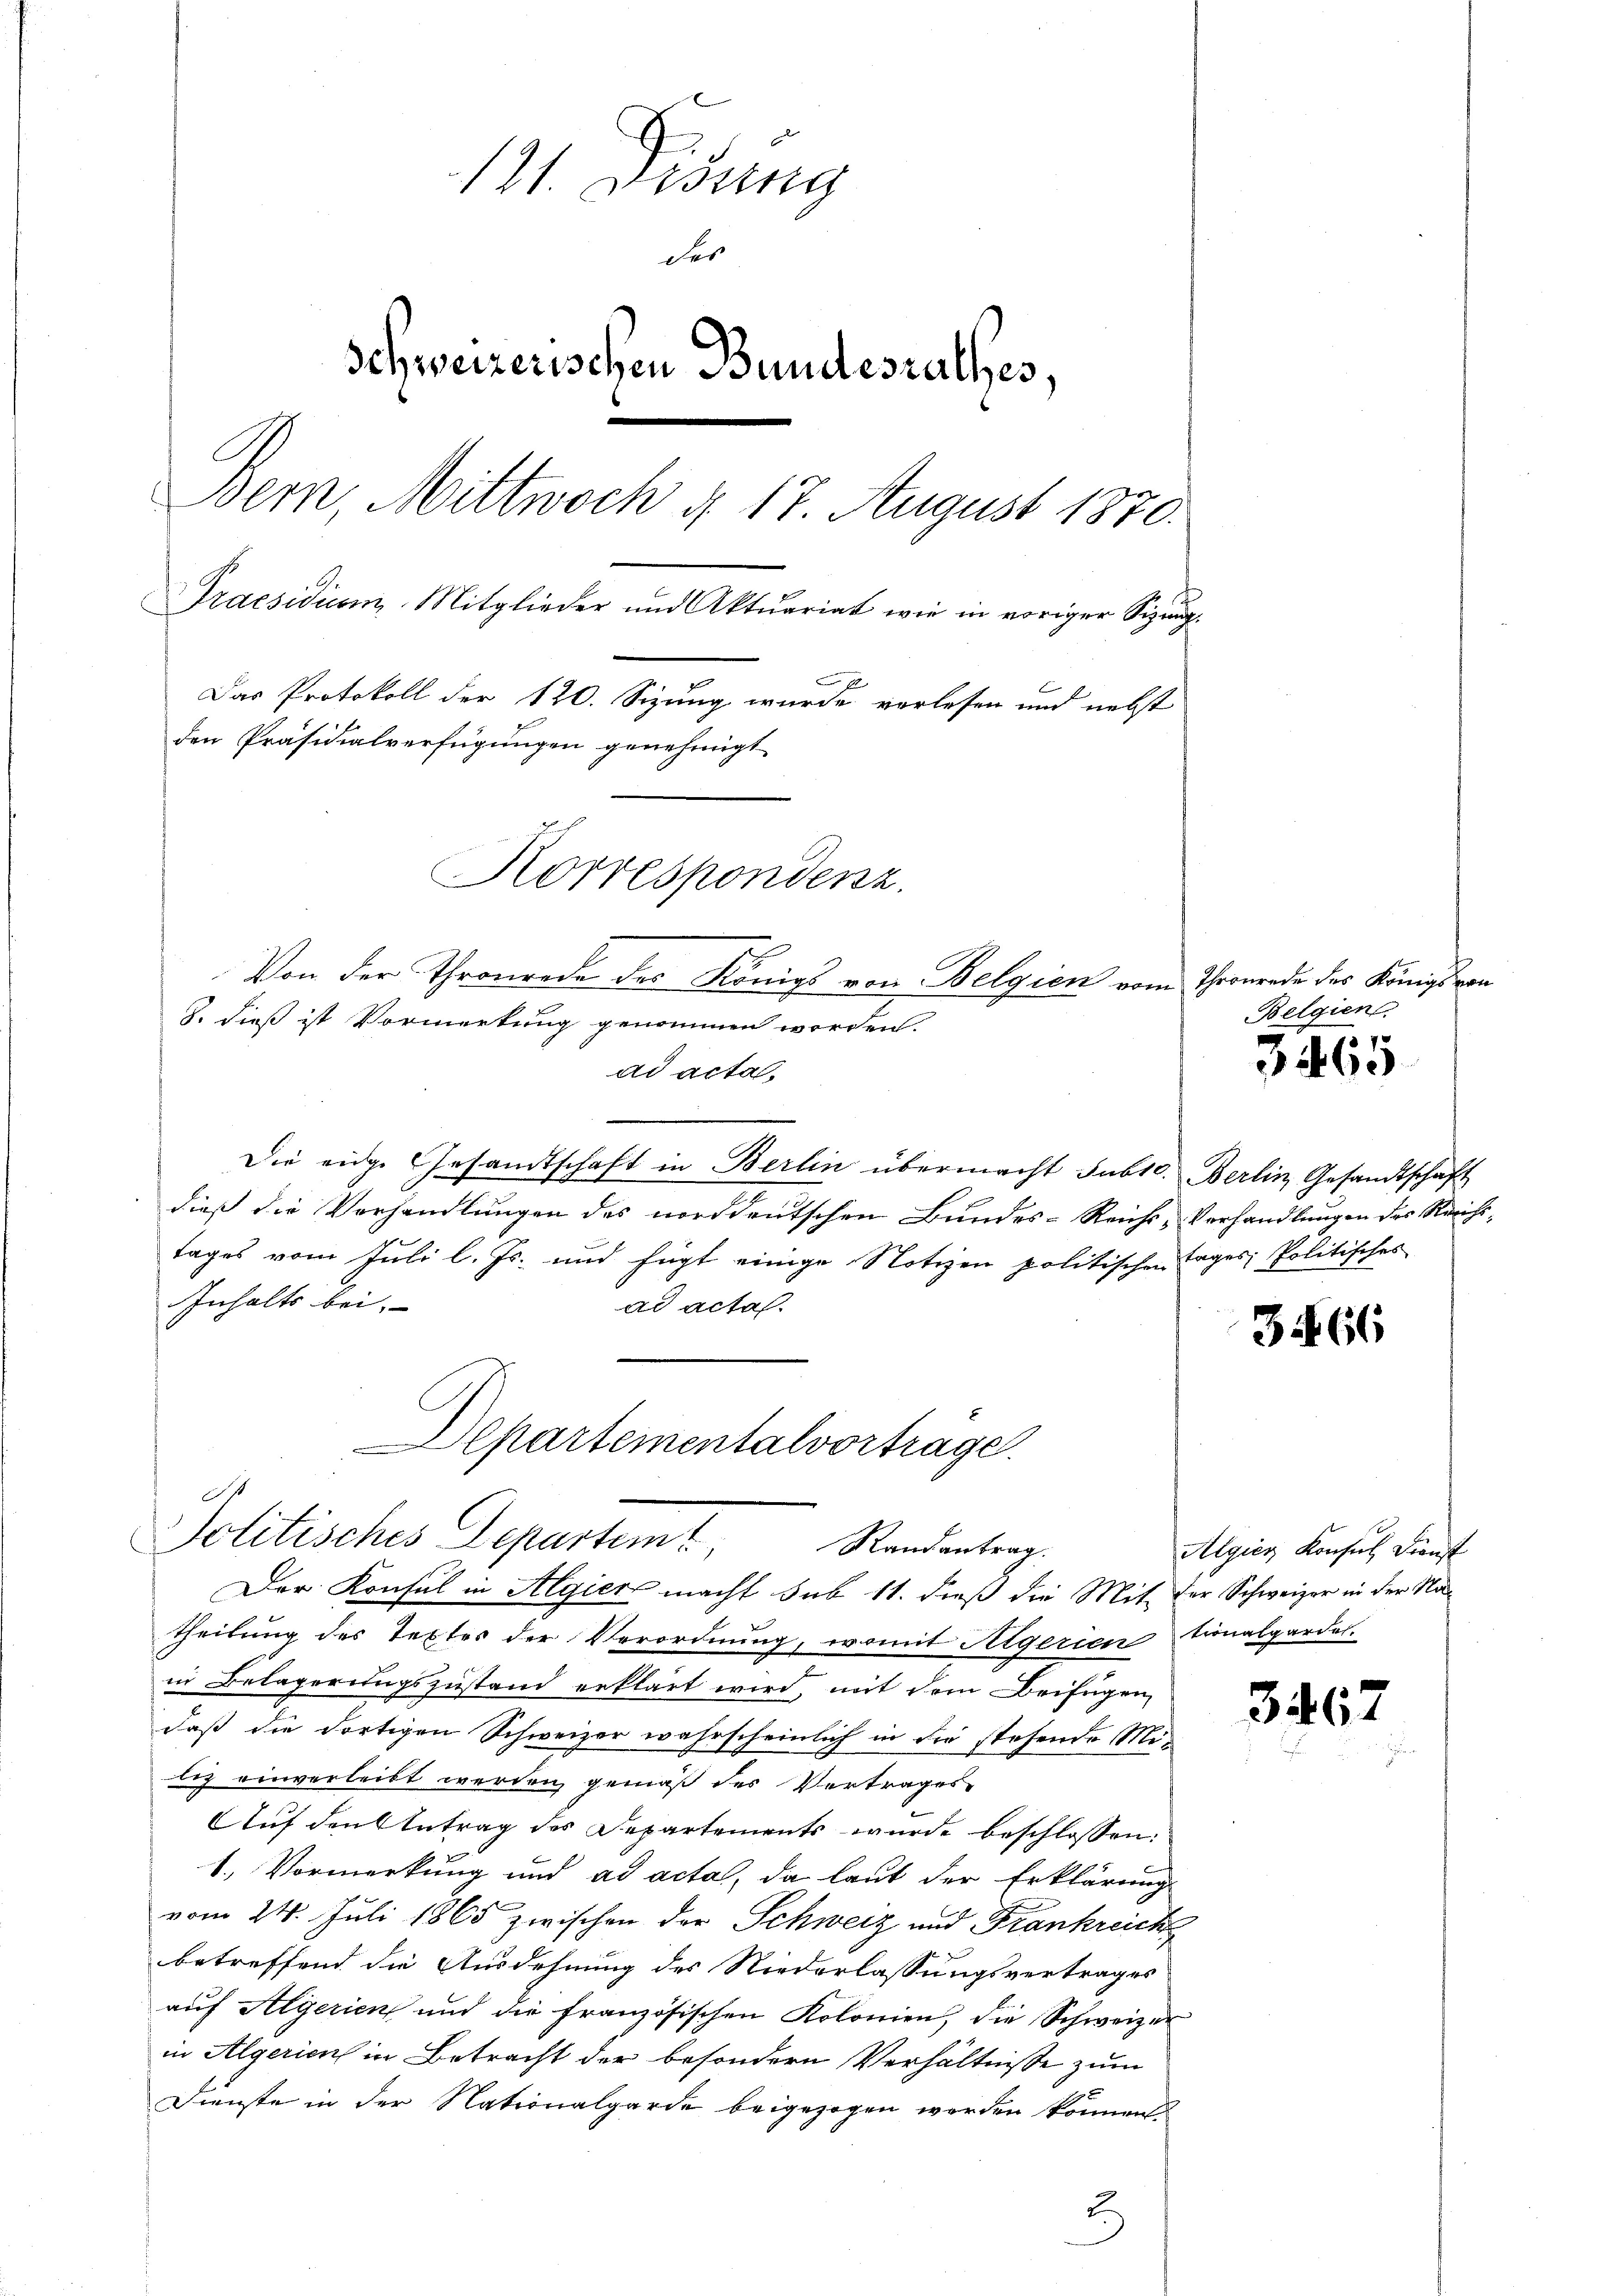
121. Didung
des
Schweizerischen Bundesrathes,
Bern, Mittwoch d. 17. August 1870.
Praesidium. Mitglieder und Aktuariat wie in voriger Sizung¬
Das Protokoll der 120. Sizung wurde verlesen und nebst
den Präsidialverfügungen genehmigt
Korrespondenz.

Von der Thronrede des Königs von Belgien vom
8. dieß ist Vormerkung genommen worden.
ad acta,
Die eige Gesandtschaft in Berlin übermacht subte. Berlin Gesandtschaft
dieß die Vorhandlungen des norddeutschen Bundes-Reichs-Verhandlungen des Reichs-
tages vom Juli l. Js. und fügt einige Notizen politischen Tages, Politisches
Inhalts bei.
ad actas.
theilung des Textes der Verordnung, womit Algerien
in Belagerungszustand erklärt wird, mit dem Beifügen,
daß die dortigen Schweizer wahrscheinlich in die stehende Mi-
lig einverleibt werden gemäß des Vertrages
Auf den Antrag des Departements wurde beschlossen:
1.) Vormerkung und ad acta, da laut der Erklärung
vom 24. Juli 1865 zwischen der Schweiz und Frankreich
betreffend die Ausdehnung des Niederlassungsvertrages
auf Algerien und die französischen Kolonien, die Schweizer
in Algerien in Betracht der besondern Verhältnisse zum
Dienste in der Nationalgarde beigezogen werden können
2

Departementalvortrage
.
Politisches Departemt.
Randantrag.
Der Konsul in Algiers macht sub 11. dieß die Mit der Schweizer in der Na¬

Thronende der Königs von
Belgien

265

3466

Algien Konsul Dienst
tionalgardel.

3467